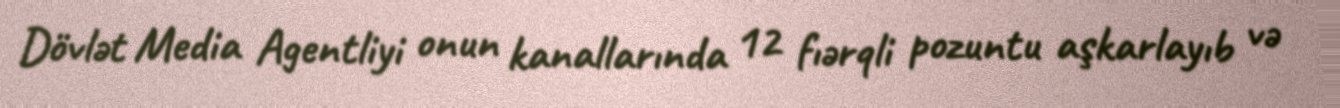
Dövlət Media Agentliyi onun kanallarında 12 fıərqli pozuntu aşkarlayıb və